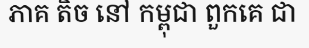
ភាគ តិច នៅ កម្ពុជា ពួកគេ ជា